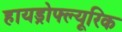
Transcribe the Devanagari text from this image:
हायड्रोफ्ल्यूरिक